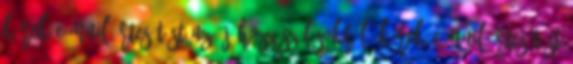
Kérek e-mail értesítést az új hozzászólásokról. Kérek e-mail értesítést